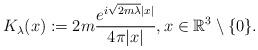
LaTeX: \begin{align*} K_\lambda(x) := 2 m \frac{e^{i\sqrt{2 m \lambda} |x|}}{4 \pi |x|}, x \in \mathbb{R}^3 \setminus \{ 0 \}.\end{align*}